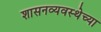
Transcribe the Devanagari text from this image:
शासनव्यवस्थेच्या